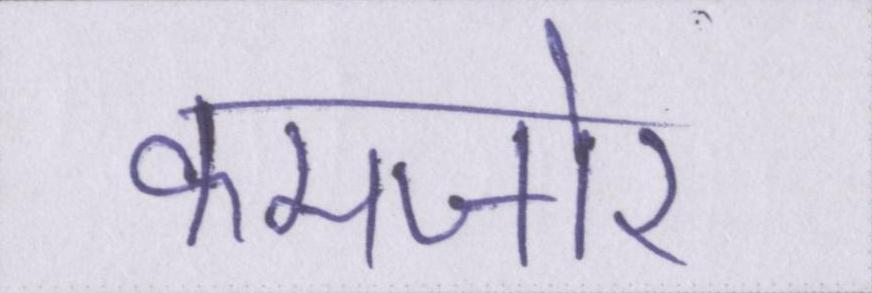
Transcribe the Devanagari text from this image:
कमजोर